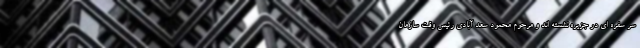
سر سفره ای در جزیره نشسته اند و مرحوم محمود سعد آبادی رئیس وقت سازمان